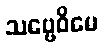
သဗ္ဗေဝိမေ